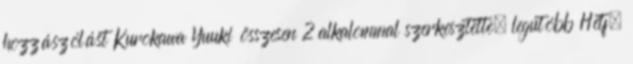
hozzászólást Kurokawa Yuuki összesen 2 alkalommal szerkesztette, legutóbb Hétf.